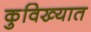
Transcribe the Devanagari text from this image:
कुविख्यात